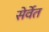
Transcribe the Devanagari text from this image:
सेर्वेत